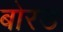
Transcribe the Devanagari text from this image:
बोरड